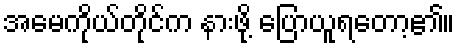
အမေကိုယ်တိုင်က နားဖို့ ပြောယူရတော့၏။